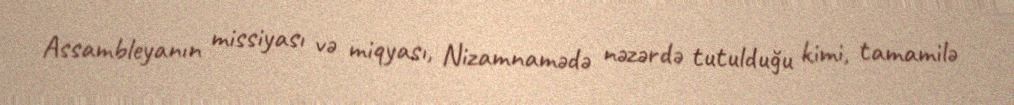
Assambleyanın missiyası və miqyası, Nizamnamədə nəzərdə tutulduğu kimi, tamamilə